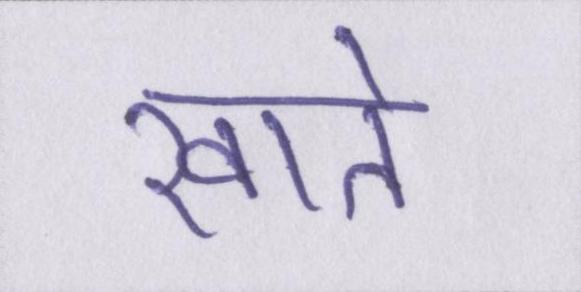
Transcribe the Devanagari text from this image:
खाते